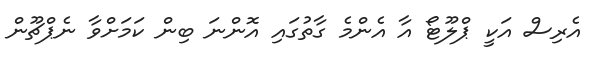
އެރިސް އަކީ ޕްލޫޓޯ އާ އެންމެ ގާތުގައި އޮންނަ ބިން ކަމަށްވާ ނެޕްޗޫން